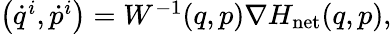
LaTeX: \begin{array}{r}{\left(\dot{q}^{i},\dot{p}^{i}\right)=W^{-1}(q,p)\nabla H_{\mathrm{net}}(q,p),}\end{array}